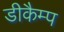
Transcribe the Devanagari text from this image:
डीकैम्प